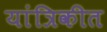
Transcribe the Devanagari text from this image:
यांत्रिकीत